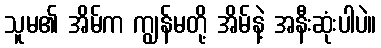
သူမ၏ အိမ်က ကျွန်မတို့ အိမ်နဲ့ အနီးဆုံးပါပဲ။